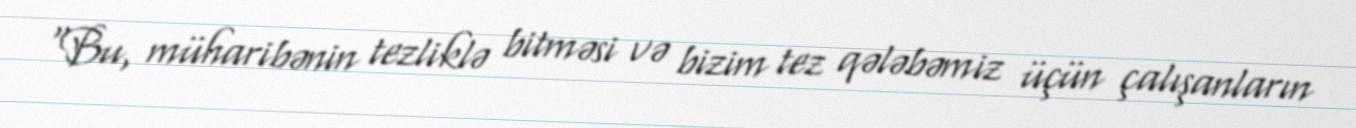
“Bu, müharibənin tezliklə bitməsi və bizim tez qələbəmiz üçün çalışanların